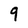
Character: 9